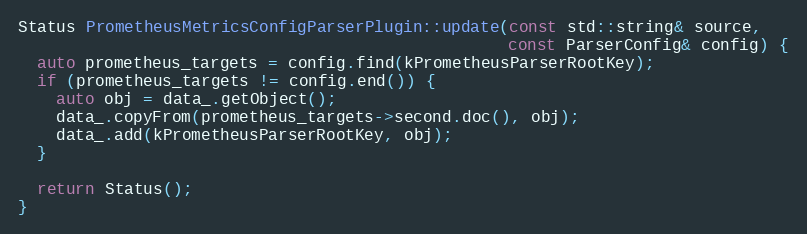
Language: C++
Status PrometheusMetricsConfigParserPlugin::update(const std::string& source,
                                                   const ParserConfig& config) {
  auto prometheus_targets = config.find(kPrometheusParserRootKey);
  if (prometheus_targets != config.end()) {
    auto obj = data_.getObject();
    data_.copyFrom(prometheus_targets->second.doc(), obj);
    data_.add(kPrometheusParserRootKey, obj);
  }

  return Status();
}